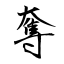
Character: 奪